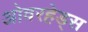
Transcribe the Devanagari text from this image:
ओवरहेड्स